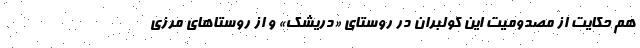
هم حكايت از مصدوميت اين كولبران در روستاي «دريشك» و از روستاهاي مرزي